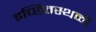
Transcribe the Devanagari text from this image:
इच्छितस्थळी